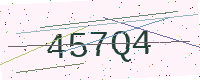
Text: 457Q4